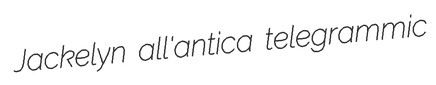
Jackelyn all'antica telegrammic